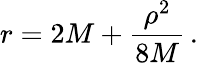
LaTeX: r=2M+{\frac{\rho^{2}}{8M}}\, .